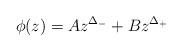
LaTeX: \begin{align*}\phi(z) = A z^{\Delta_-} + B z^{\Delta_+}\end{align*}